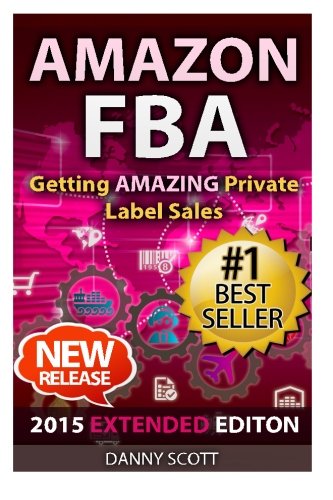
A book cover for Amazon FBA: Getting Amazing Private Label Sales: The Quick Start Guide to Selling Private Label Products on Amazon; Danny Scott; Business & Money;